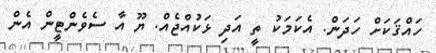
ހައްޤަކަށް ހަދަން. އެކަމަކު ތީ އަދި ޅަކުއްޖެއް. ޔޫ އާ ސެވެންޓީން އެން